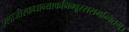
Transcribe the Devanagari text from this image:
एलाजीरकधान्याकनिम्बूरससमन्वितम्।